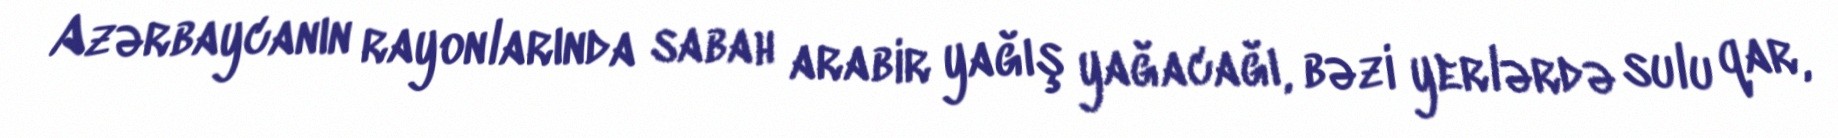
Azərbaycanın rayonlarında sabah arabir yağış yağacağı, bəzi yerlərdə sulu qar,